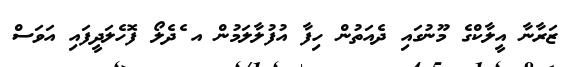
ޒަރާނާ އީލާކްގެ މޫނުގައި ދެއަތުން ހިފާ އުފުލާލަމުން އ ެދެލޯ ފޮހެލަދީފައި އަވަސް